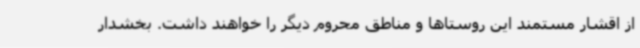
از اقشار مستمند این روستاها و مناطق محروم دیگر را خواهند داشت. بخشدار